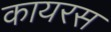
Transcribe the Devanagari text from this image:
कायरस